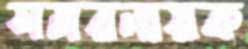
সমরনায়ক